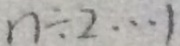
n \div 2 \cdots 1